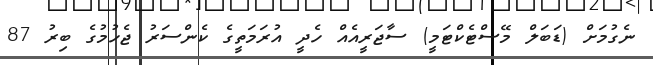
ނެގުމަށް (ޑަބަލް މޭސްޓެކްޓަމީ) ސާޖަރީއެއް ހެދީ އުރަމަތީގެ ކެންސަރު ޖެހުމުގެ ބިރު 87